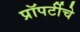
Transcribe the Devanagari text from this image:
प्रॉपर्टीचे